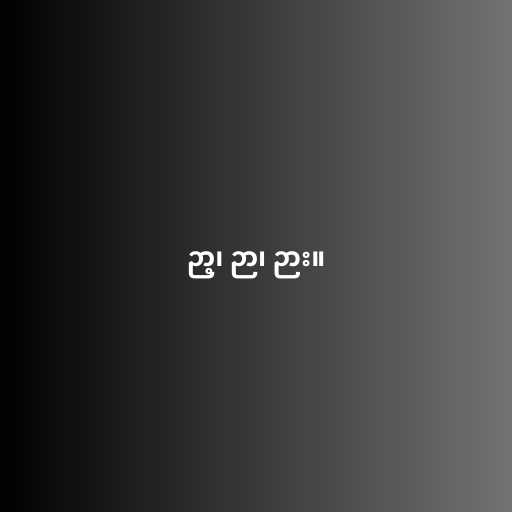
ဉာ့၊ ဉာ၊ ဉား။